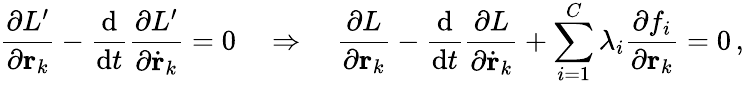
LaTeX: {\frac{\partial L^{\prime}}{\partial\mathbf{r}_{k}}}-{\frac{\mathrm{d}}{\mathrm{d}t}}{\frac{\partial L^{\prime}}{\partial{\dot{\mathbf{r}}}_{k}}}=0\quad\Rightarrow\quad{\frac{\partial L}{\partial\mathbf{r}_{k}}}-{\frac{\mathrm{d}}{\mathrm{d}t}}{\frac{\partial L}{\partial{\dot{\mathbf{r}}}_{k}}}+\sum_{i=1}^{C}\lambda_{i}{\frac{\partial f_{i}}{\partial\mathbf{r}_{k}}}=0\, ,